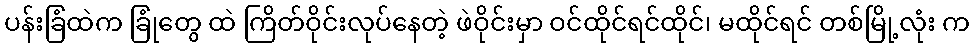
ပန်းခြံထဲက ခြုံတွေ ထဲ ကြိတ်ဝိုင်းလုပ်နေတဲ့ ဖဲဝိုင်းမှာ ဝင်ထိုင်ရင်ထိုင်၊ မထိုင်ရင် တစ်မြို့လုံး က